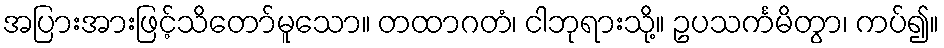
အပြားအားဖြင့်သိတော်မူသော။ တထာဂတံ၊ ငါဘုရားသို့။ ဥပသင်္ကမိတွာ၊ ကပ်၍။